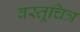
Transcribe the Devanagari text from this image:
वस्तूचित्र